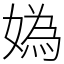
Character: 媯